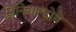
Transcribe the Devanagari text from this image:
सिनिबाल्दोचे